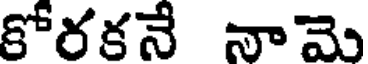
కోరకనే నామె